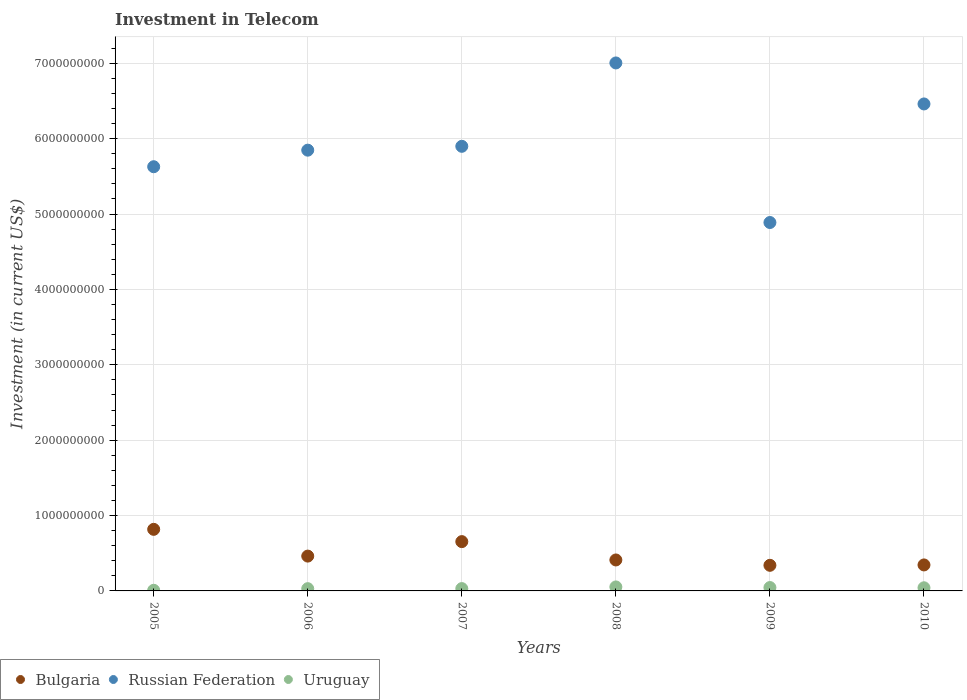
| Years | Bulgaria | Russian Federation | Uruguay |
 | --- | --- | --- | --- |
 | 2005 | 8.17e+08 | 5.63e+09 | 8.4e+06 |
 | 2006 | 4.62e+08 | 5.85e+09 | 3e+07 |
 | 2007 | 6.54e+08 | 5.9e+09 | 3.09e+07 |
 | 2008 | 4.11e+08 | 7e+09 | 5.29e+07 |
 | 2009 | 3.4e+08 | 4.89e+09 | 4.47e+07 |
 | 2010 | 3.45e+08 | 6.46e+09 | 4.17e+07 |